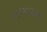
બહમાસની